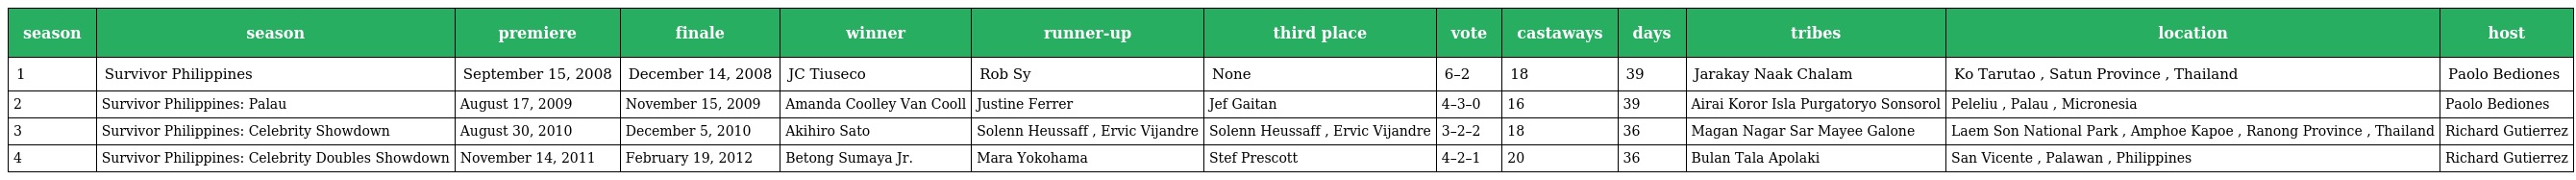
| season | season | premiere | finale | winner | runner-up | third place | vote | castaways | days | tribes | location | host |
 | --- | --- | --- | --- | --- | --- | --- | --- | --- | --- | --- | --- | --- |
 | 1 | Survivor Philippines | September 15, 2008 | December 14, 2008 | JC Tiuseco | Rob Sy | None | 6–2 | 18 | 39 | Jarakay Naak Chalam | Ko Tarutao , Satun Province , Thailand | Paolo Bediones |
 | 2 | Survivor Philippines: Palau | August 17, 2009 | November 15, 2009 | Amanda Coolley Van Cooll | Justine Ferrer | Jef Gaitan | 4–3–0 | 16 | 39 | Airai Koror Isla Purgatoryo Sonsorol | Peleliu , Palau , Micronesia | Paolo Bediones |
 | 3 | Survivor Philippines: Celebrity Showdown | August 30, 2010 | December 5, 2010 | Akihiro Sato | Solenn Heussaff , Ervic Vijandre | Solenn Heussaff , Ervic Vijandre | 3–2–2 | 18 | 36 | Magan Nagar Sar Mayee Galone | Laem Son National Park , Amphoe Kapoe , Ranong Province , Thailand | Richard Gutierrez |
 | 4 | Survivor Philippines: Celebrity Doubles Showdown | November 14, 2011 | February 19, 2012 | Betong Sumaya Jr. | Mara Yokohama | Stef Prescott | 4–2–1 | 20 | 36 | Bulan Tala Apolaki | San Vicente , Palawan , Philippines | Richard Gutierrez |